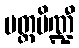
ပတ္တပိဏ္ဍီ